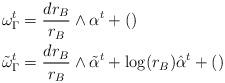
LaTeX: \begin{align*} \omega_\Gamma^t &= \frac{dr_B}{r_B}\wedge \alpha^t + () \\ \tilde \omega_\Gamma^t &= \frac{dr_B}{r_B}\wedge \tilde\alpha^t + \log(r_B) \hat\alpha^t + () \end{align*}